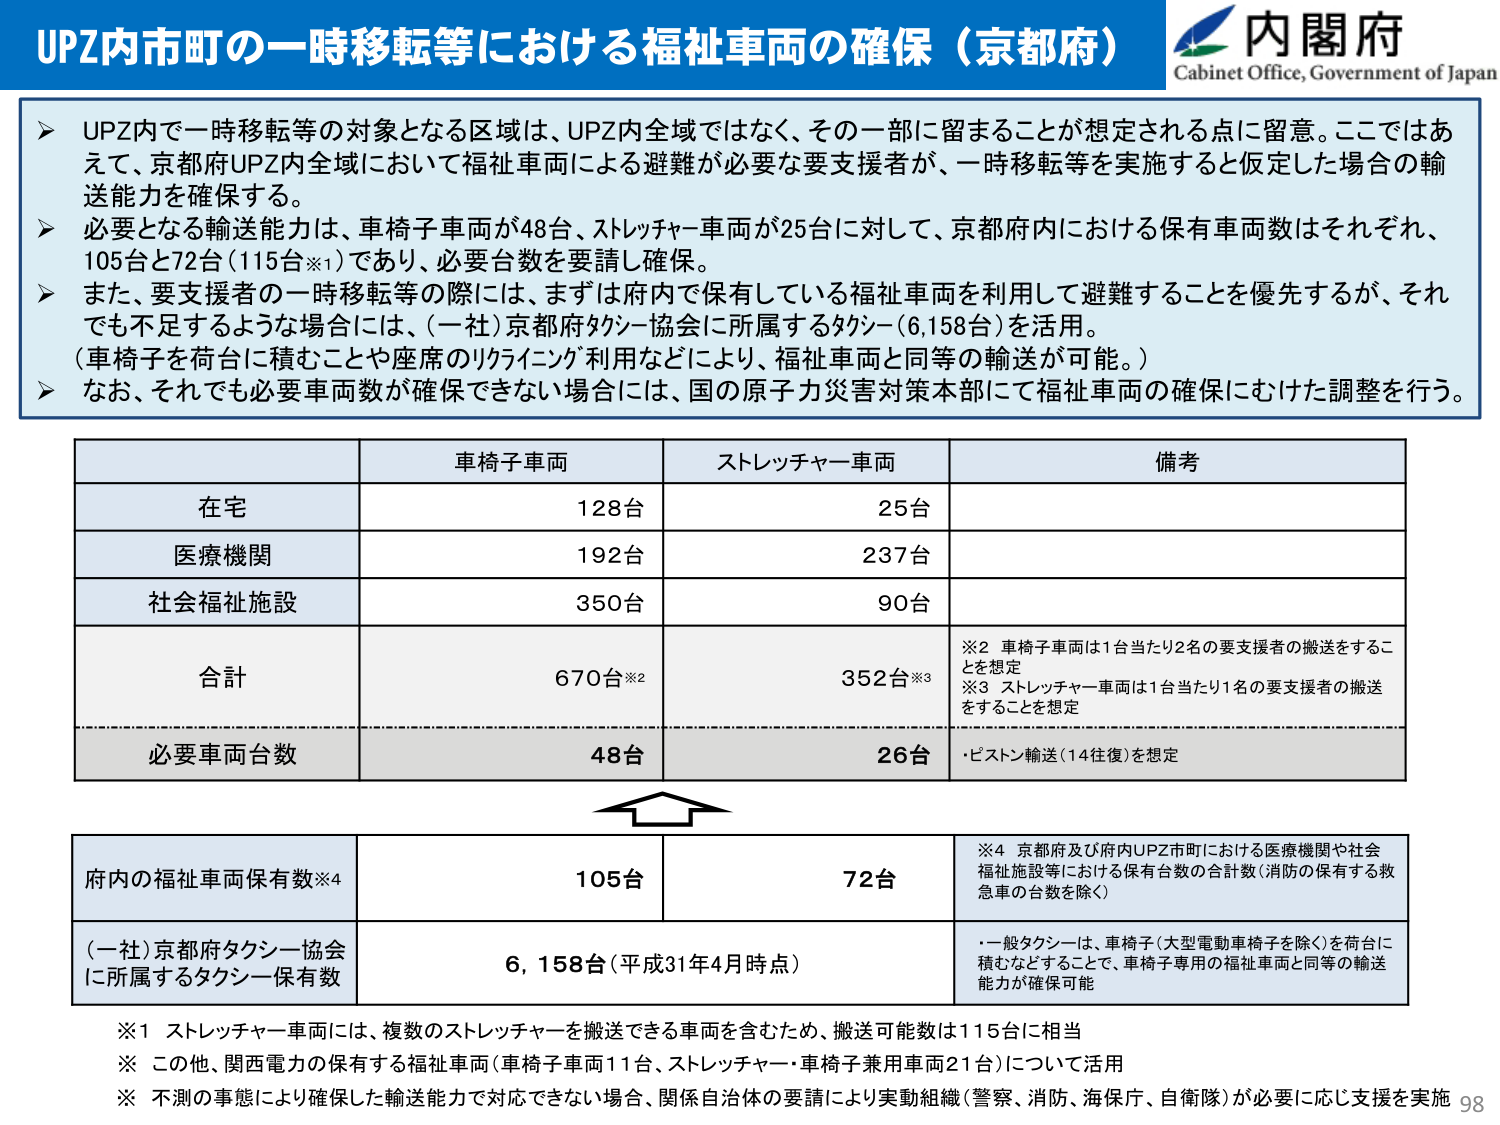
UPZ内市町の一時移転等における福祉車両の確保（京都府）
内閣府
Cabinet Office, Government of Japan

➤ UPZ内で一時移転等の対象となる区域は、UPZ内全域ではなく、その一部に留まることが想定される点に留意。ここではあえて、京都府UPZ内全域において福祉車両による避難が必要な要支援者が、一時移転等を実施すると仮定した場合の輸送能力を確保する。
➤ 必要となる輸送能力は、車椅子車両が48台、ストレッチャー車両が25台に対して、京都府内における保有車両数はそれぞれ、105台と72台（115台※1）であり、必要台数を要請し確保。
➤ また、要支援者の一時移転等の際には、まずは府内で保有している福祉車両を利用して避難することを優先するが、それでも不足するような場合には、（一社）京都府タクシー協会に所属するタクシー（6,158台）を活用。
（車椅子を荷台に積むことや座席のリクライニング利用などにより、福祉車両と同等の輸送が可能。）
➤ なお、それでも必要車両数が確保できない場合には、国の原子力災害対策本部にて福祉車両の確保にむけた調整を行う。

車椅子車両　　ストレッチャー車両　　備考
在宅　　　　　128台　　　　　　25台